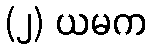
(၂) ယမက